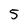
Character: 5